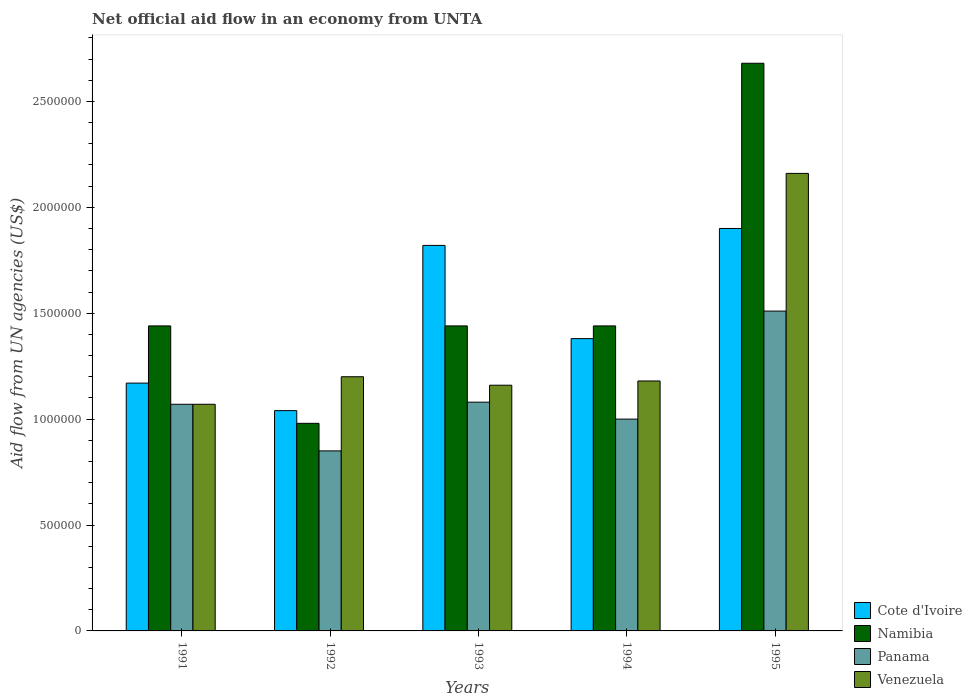
| Years | Cote d'Ivoire | Namibia | Panama | Venezuela |
 | --- | --- | --- | --- | --- |
 | 1991 | 1.17e+06 | 1.44e+06 | 1.07e+06 | 1.07e+06 |
 | 1992 | 1.04e+06 | 9.8e+05 | 8.5e+05 | 1.2e+06 |
 | 1993 | 1.82e+06 | 1.44e+06 | 1.08e+06 | 1.16e+06 |
 | 1994 | 1.38e+06 | 1.44e+06 | 1e+06 | 1.18e+06 |
 | 1995 | 1.9e+06 | 2.68e+06 | 1.51e+06 | 2.16e+06 |